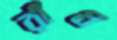
রাঁধ